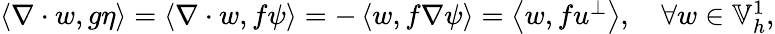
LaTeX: \begin{array}{r}{\left\langle\nabla\cdot w,g\eta\right\rangle=\left\langle\nabla\cdot w,f\psi\right\rangle=-\left\langle w,f\nabla\psi\right\rangle=\left\langle w,fu^{\perp}\right\rangle,\quad\forall w\in\mathbb{V}_{h}^{1},}\end{array}